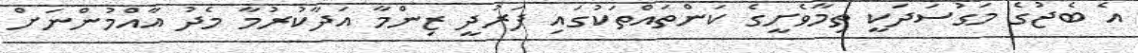
އެ ބެޖުގެ މަގުސަދަކީ ތިމާވެށީގެ ކަންތައްތަކުގައި ފަރުދީ ޒިންމާ އަދާކުރުމާ މެދު އާއްމުންނަށް